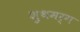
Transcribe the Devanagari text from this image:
शुथमर्ग